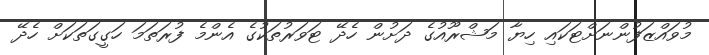
މުވައްޒަފުންނަށްޓަކައި ހިޔާ މަޝްރޫއުގެ ދަށުން ހެދޭ ޓަވަރުތަކުގެ އެންމެ ފުރަތަމަ ހަގީގަތަކަށް ހެދޭ